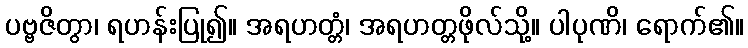
ပဗ္ဗဇိတွာ၊ ရဟန်းပြု၍။ အရဟတ္တံ၊ အရဟတ္တဖိုလ်သို့။ ပါပုဏိ၊ ရောက်၏။